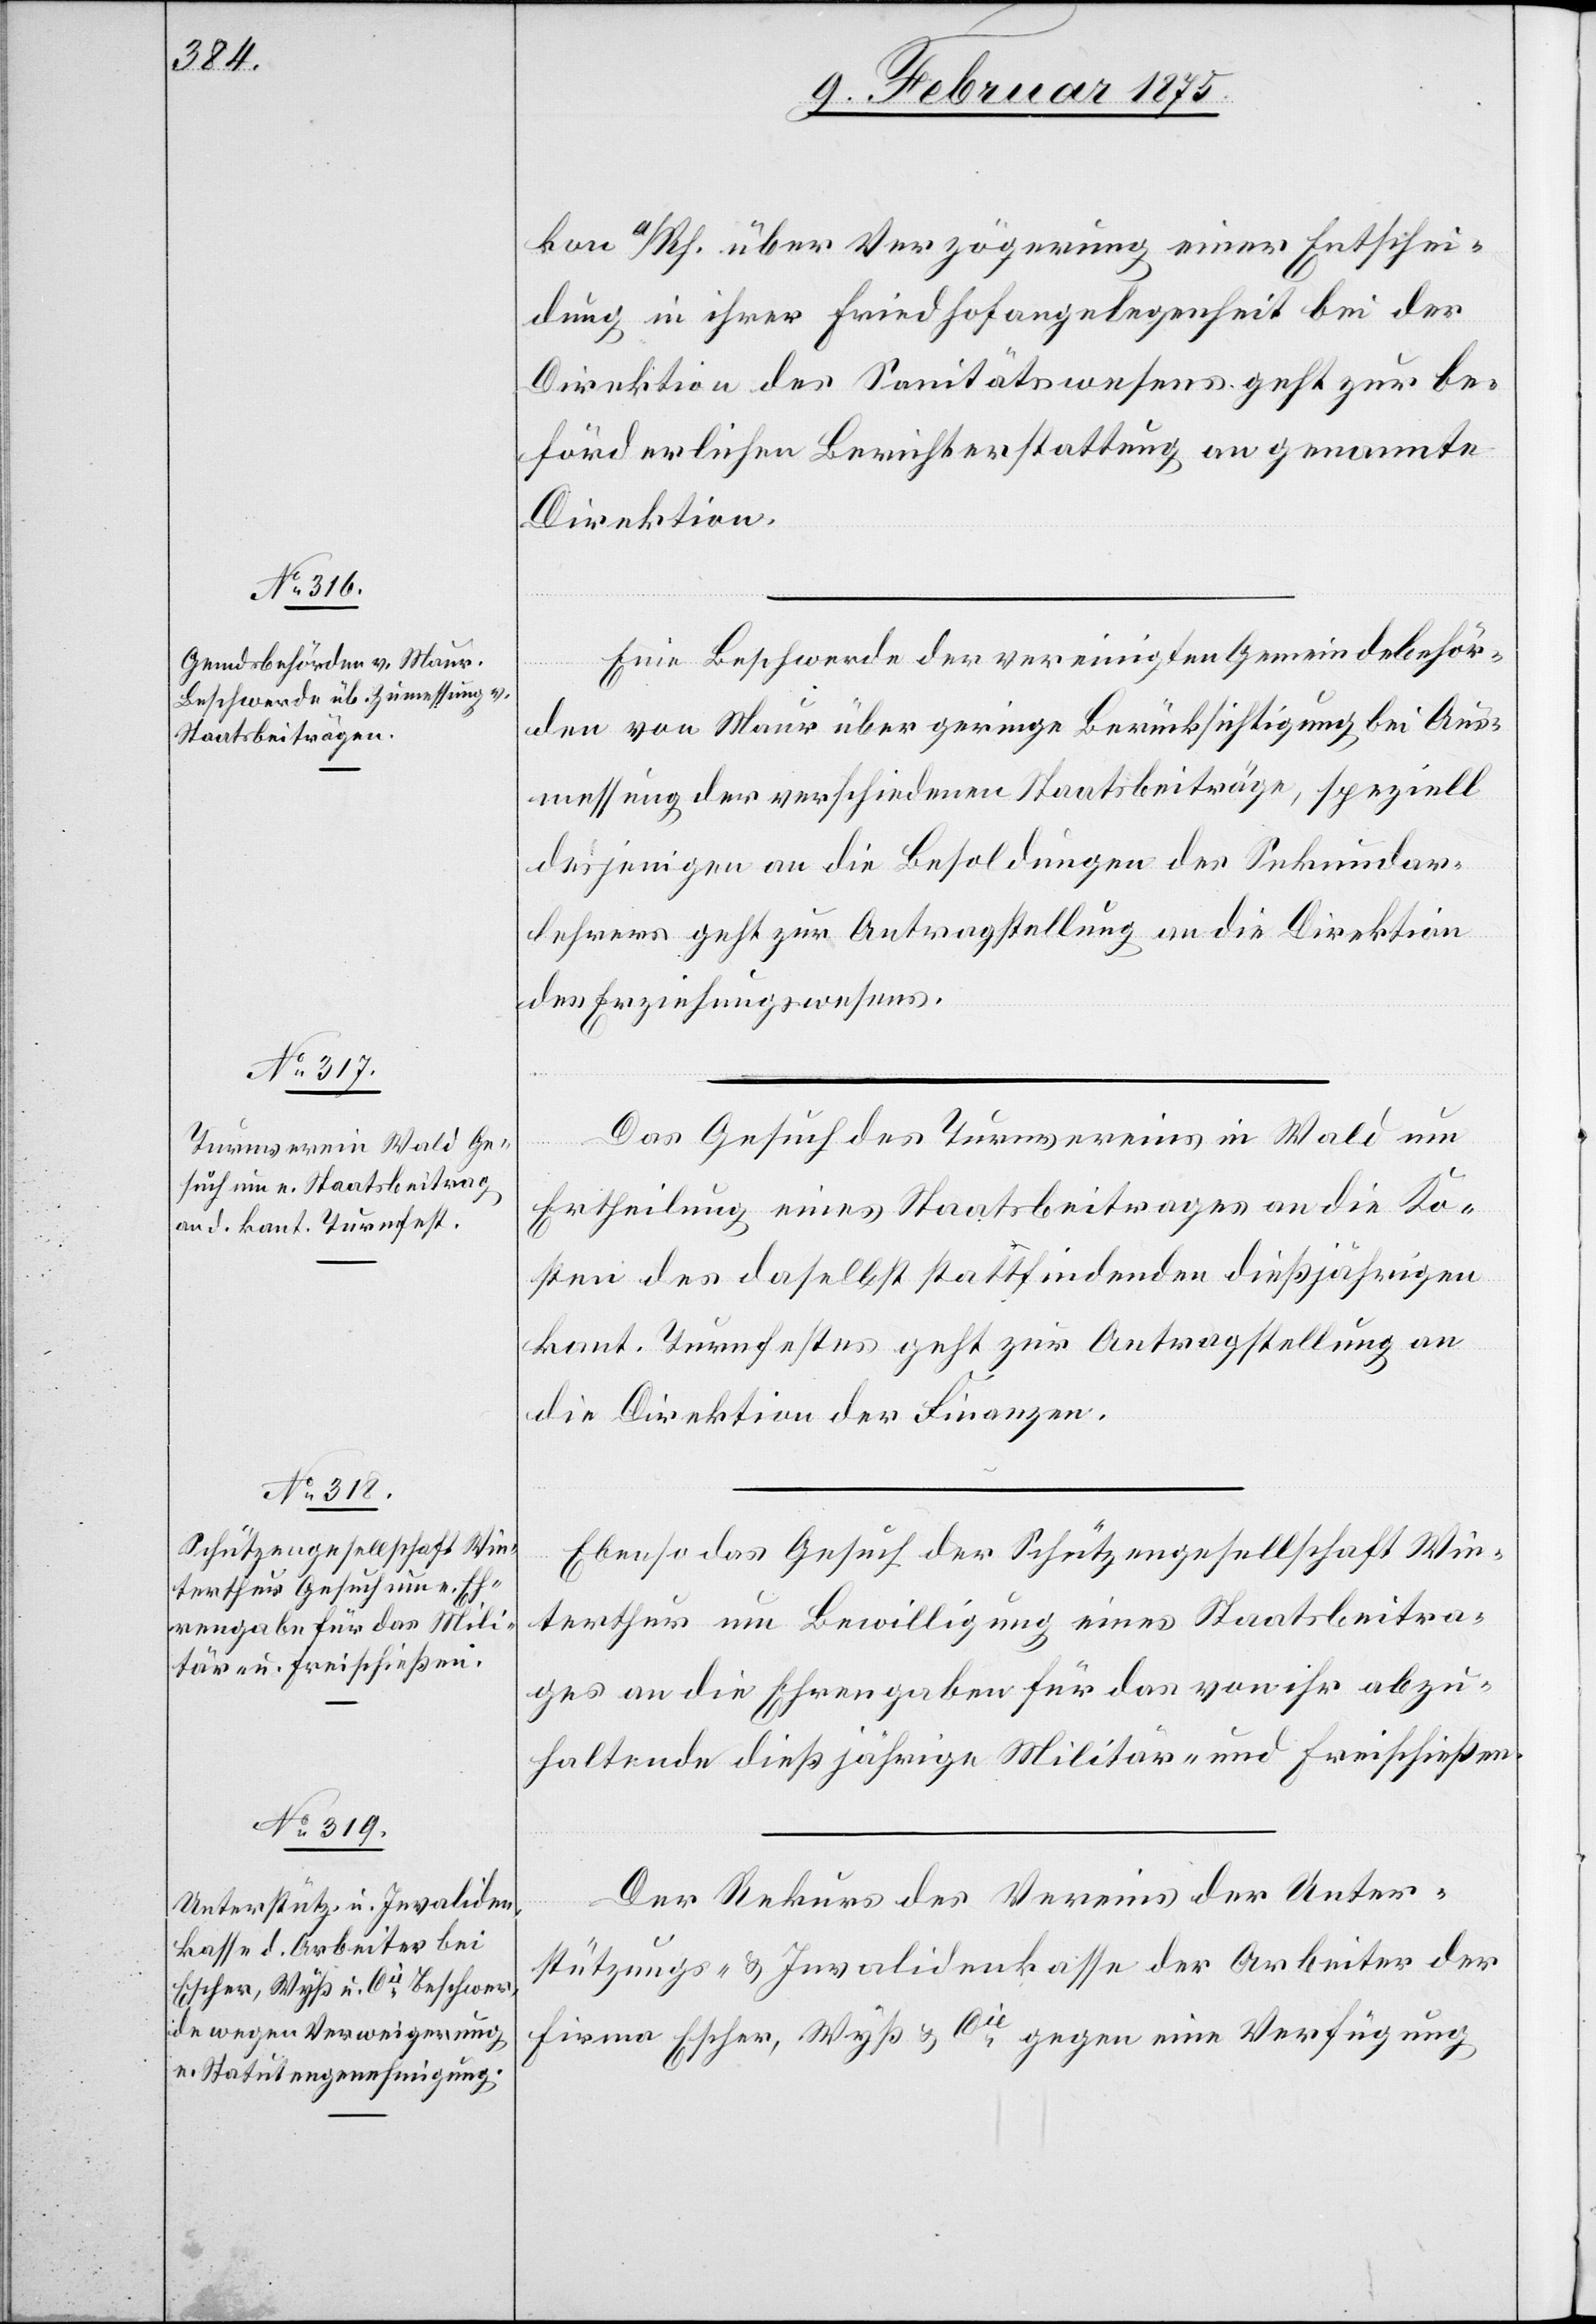
10. Februar 1875.]
kon a/Rh. über Verzögerung einer Entschei¬
dung in ihrer Friedhofangelegenheit bei der
Direktion des Sanitätswesens geht zur be¬
förderlichen Berichterstattung an genannte
Direktion.
Eine Beschwerde der vereinigten Gemeindebehör¬
den von Maur über geringe Berücksichtigung bei Aus¬
messung der verschiedenen Staatsbeiträge, speziell
desjenigen an die Besoldungen des Sekundar¬
lehrers geht zur Antragstellung an die Direktion
des Erziehungswesens.
Das Gesuch des Turnvereins in Wald um
Ertheilung eines Staatsbeitrages an die Ko¬
sten des daselbst stattfindenden dießjährigen
kant. Turnfestes geht zur Antragstellung an
die Direktion der Finanzen.
Ebenso das Gesuch der Schützengesellschaft Win¬
terthur um Bewilligung eines Staatsbeitra¬
ges an die Ehrengaben für das von ihr abzu¬
haltende dießjährige Militär- und Freischießen.
Der Rekurs des Vereins der Unter¬
stützungs- & Invalidenkasse der Arbeiter der
Firma Escher, Wyß & Cie gegen eine Verfügung